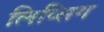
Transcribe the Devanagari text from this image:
लिप्सिग